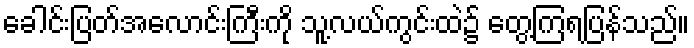
ခေါင်းပြတ်အလောင်းကြီးကို သူ့လယ်ကွင်းထဲ၌ တွေ့ကြရပြန်သည်။